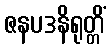
ဇနပဒနိရုတ္တိံ